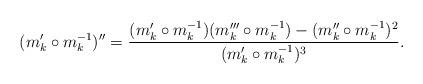
LaTeX: \begin{align*}(m'_k\circ m^{-1}_k)'' = \frac{(m'_k\circ m^{-1}_k) (m'''_k\circ m^{-1}_k) - (m''_k\circ m^{-1}_k)^2}{(m'_k\circ m^{-1}_k)^3} .\end{align*}